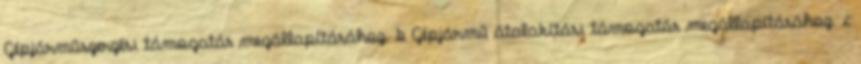
Gépjárműszerzési támogatás megállapításához. b Gépjármű átalakítási támogatás megállapításához. c